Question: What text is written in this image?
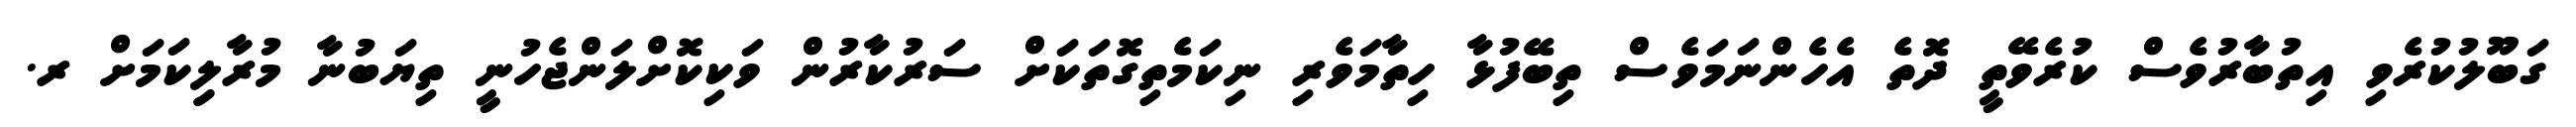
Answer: ގަބޫލުކުރެވި އިތުބާރުވެސް ކުރެވޭތީ ދޮތެ އެހެންނަމަވެސް ތިބޭފުޅާ ހިތާމަވެރި ނިކަމެތިގޮތަކަށް ސަރުކާރުން ވަކިކޮށްލަންޖެހުނީ ތިޔަބުނާ މުރާލިިކަމަށް ރ.